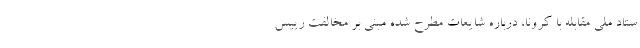
ستاد ملی مقابله با کرونا، درباره شایعات مطرح شده مبنی بر مخالفت رییس